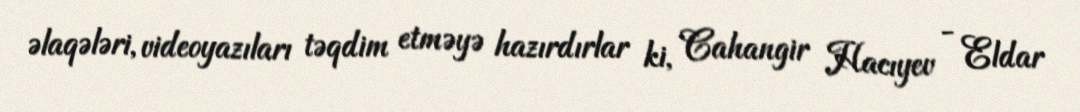
əlaqələri, videoyazıları təqdim etməyə hazırdırlar ki, Cahangir Hacıyev - Eldar